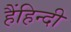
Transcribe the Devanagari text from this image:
हैंहिन्दी